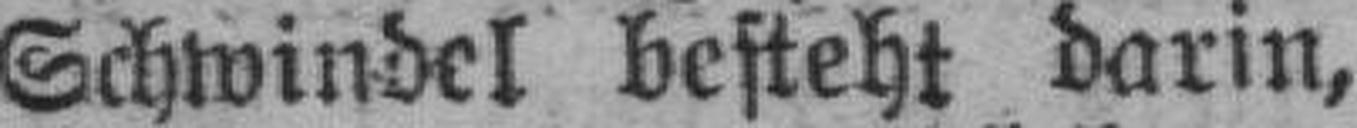
Schwindel besteht darin,